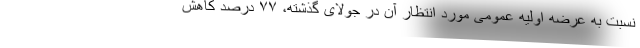
نسبت به عرضه اولیه عمومی مورد انتظار آن در جولای گذشته، ۷۷ درصد کاهش